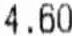
4.60